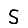
Digit: 5